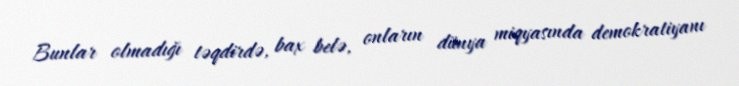
Bunlar olmadığı təqdirdə, bax belə, onların dünya miqyasında demokratiyanı